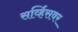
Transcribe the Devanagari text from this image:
सर्व्हिसवर